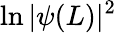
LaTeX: \ln\vert\psi(L)\vert^{2}